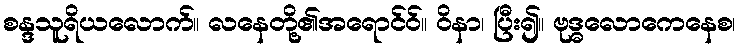
စန္ဒသူရိယလောက်။ လနေတို့၏အရောင်ဝ်။ ဝိနာ၊ ပြီး၍။ ဗုဒ္ဓလောကေနေစ၊